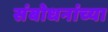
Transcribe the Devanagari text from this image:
संबोधनांच्या